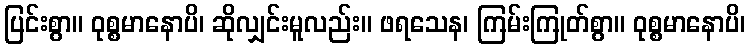
ပြင်းစွာ။ ဝုစ္စမာနောပိ၊ ဆိုလျှင်းမူလည်း။ ဖရသေန၊ ကြမ်းကြုတ်စွာ။ ဝုစ္စမာနောပိ၊